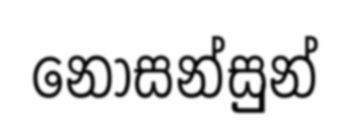
නොසන්සුුන්